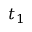
t _ { 1 }